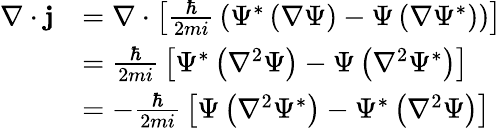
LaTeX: {\begin{array}{rl}{\nabla\cdot\mathbf{j}}&{=\nabla\cdot\left[{\frac{\hbar}{2mi}}\left(\Psi^{*}\left(\nabla\Psi\right)-\Psi\left(\nabla\Psi^{*}\right)\right)\right]}\\ &{={\frac{\hbar}{2mi}}\left[\Psi^{*}\left(\nabla^{2}\Psi\right)-\Psi\left(\nabla^{2}\Psi^{*}\right)\right]}\\ &{=-{\frac{\hbar}{2mi}}\left[\Psi\left(\nabla^{2}\Psi^{*}\right)-\Psi^{*}\left(\nabla^{2}\Psi\right)\right]}\end{array}}